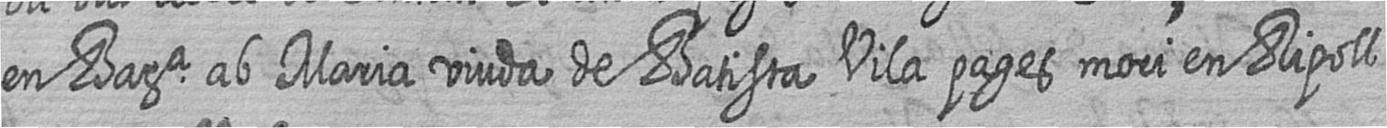
en Bara ab Maria viuda de Batista Vila pages mori en Ripoll